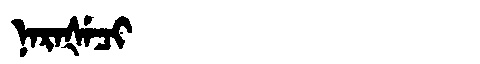
Manchu: ᠨᠠᡵᠠᡧᡝᠴᡳ
Romanization: NARAŠECI